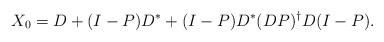
LaTeX: \begin{align*}X_0=D+(I-P)D^*+(I-P)D^*(DP)^\dag D(I-P).\end{align*}